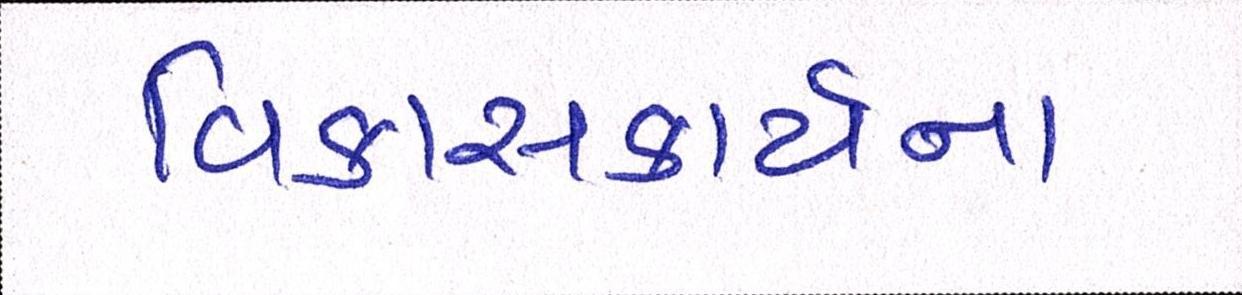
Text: વિકાસકાર્યના